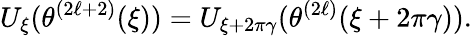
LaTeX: U_{\xi}(\theta^{(2\ell+2)}(\xi))=U_{\xi+2\pi\gamma}(\theta^{(2\ell)}(\xi+2\pi\gamma)).